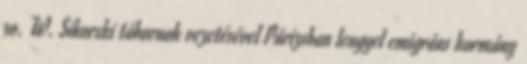
30. W. Sikorski tábornok vezetésével Párizsban lengyel emigráns kormány